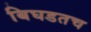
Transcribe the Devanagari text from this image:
बिघडतच